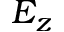
E _ { z }